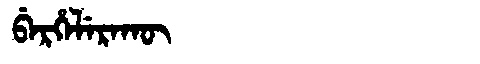
Manchu: ᠪᡝᡵᡥᡝᠯᡝᡵᠠᡴᡡ
Romanization: BERHELERAKŪ